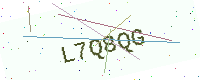
Text: L7Q8QG